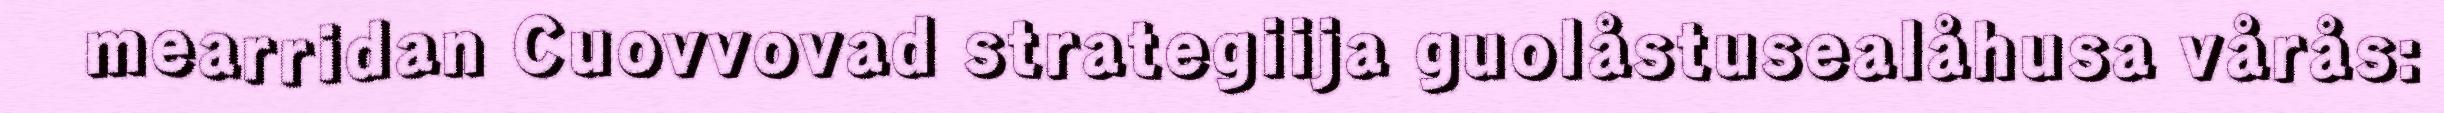
mearridan Cuovvovad strategiija guolåstusealåhusa vårås: